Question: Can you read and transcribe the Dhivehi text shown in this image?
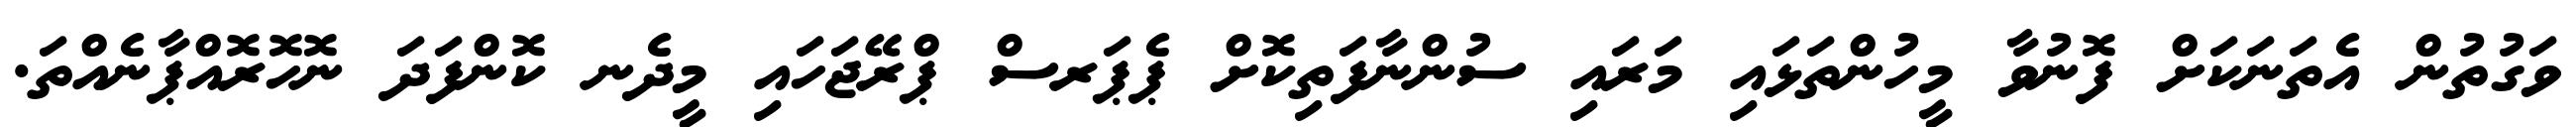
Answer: ވަގުތުން އެތަނަކަށް ފޮނުވާ މީހުންތަޅައި މަރައި ސުންނާފަތިކޮށް ޕެޕަރސް ޕްރޭޖަހައި މީދެނ ކޮންފަދަ ނޮހޮރޮއްޕާނެއްތަ.